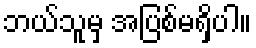
ဘယ်သူမှ အပြစ်မရှိပါ။